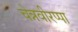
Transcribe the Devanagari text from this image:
चेन्नवीरप्पा